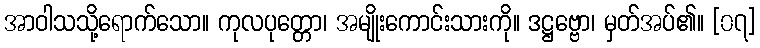
အာဝါသသို့ရောက်သော။ ကုလပုတ္တော၊ အမျိုးကောင်းသားကို။ ဒဋ္ဌဗ္ဗော၊ မှတ်အပ်၏။ [၀၇]